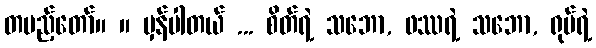
တပည့်တော်။ ။ မှန်ပါတယ် ... စိတ်ရဲ့ သဘော, ဖဿရဲ့ သဘော, ရုပ်ရဲ့